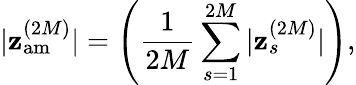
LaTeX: \displaystyle|\mathbf{z}_{\mathrm{{am}}}^{(2M)}|=\left(\frac{{1}}{{2M}}\sum_{s=1}^{2M}|\mathbf{z}_{s}^{(2M)}|\right),